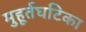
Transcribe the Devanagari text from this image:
मुहूर्तघटिका